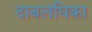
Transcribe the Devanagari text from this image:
दाबलंघिका